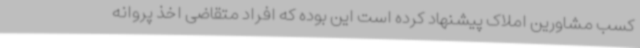
کسب مشاورین املاک پیشنهاد کرده است این بوده که افراد متقاضی اخذ پروانه